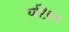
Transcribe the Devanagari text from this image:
यष्टिवन